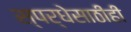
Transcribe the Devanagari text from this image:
स्पर्धेसाठीही